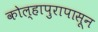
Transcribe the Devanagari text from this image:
कोल्हापुरापासून